Indian journal of veterinary science and animal husbandry - Volume 2,
Year: 1932
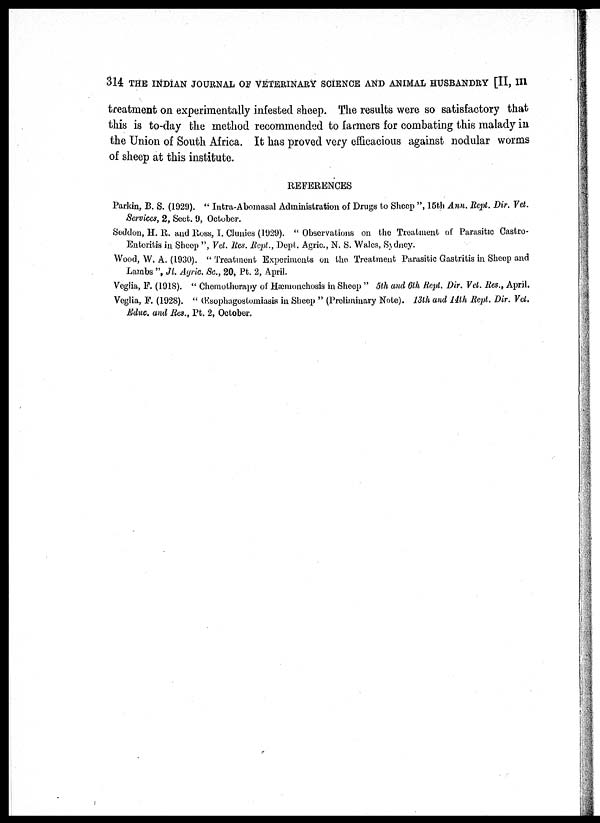
314 THE INDIAN JOURNAL OF VETERINARY SCIENCE AND ANIMAL HUSBANDRY [II, III
treatment on experimentally infested sheep. The results were so satisfactory that
this is to-day the method recommended to farmers for combating this malady in
the Union of South Africa. It has proved very efficacious against nodular worms
of sheep at this institute.
REFERENCES
Parkin, B. S. (1929). " Intra-Abomasal Administration of Drugs to Sheep ", 15th Ann. Rept. Dir. Vet.
Services, 2, Sect. 9, October.
Seddon, H. R. and Ross, I. Clunies (1929). " Observations on the Treatment of Parasitic Castro-
Enteritis in Sheep ", Vet. Res. Rept., Dept. Agric., N. S. Wales, Sydney.
Wood, W. A. (1930). " Treatment Experiments on the Treatment Parasitic Gastritis in Sheep and
Lambs ", Jl. Agric Sc., 20, Pt. 2, April.
Veglia, F. (1918). " Chemotherapy of Hæmonchosis in Sheep " 5th and 6th Rept. Dir. Vet. Res., April.
Veglia, F. (1928). " Œsophagostomiasis in Sheep " (Preliminary Note). 13th and 14th Rept. Dir. Vet.
Educ. and Res., Pt. 2, October.